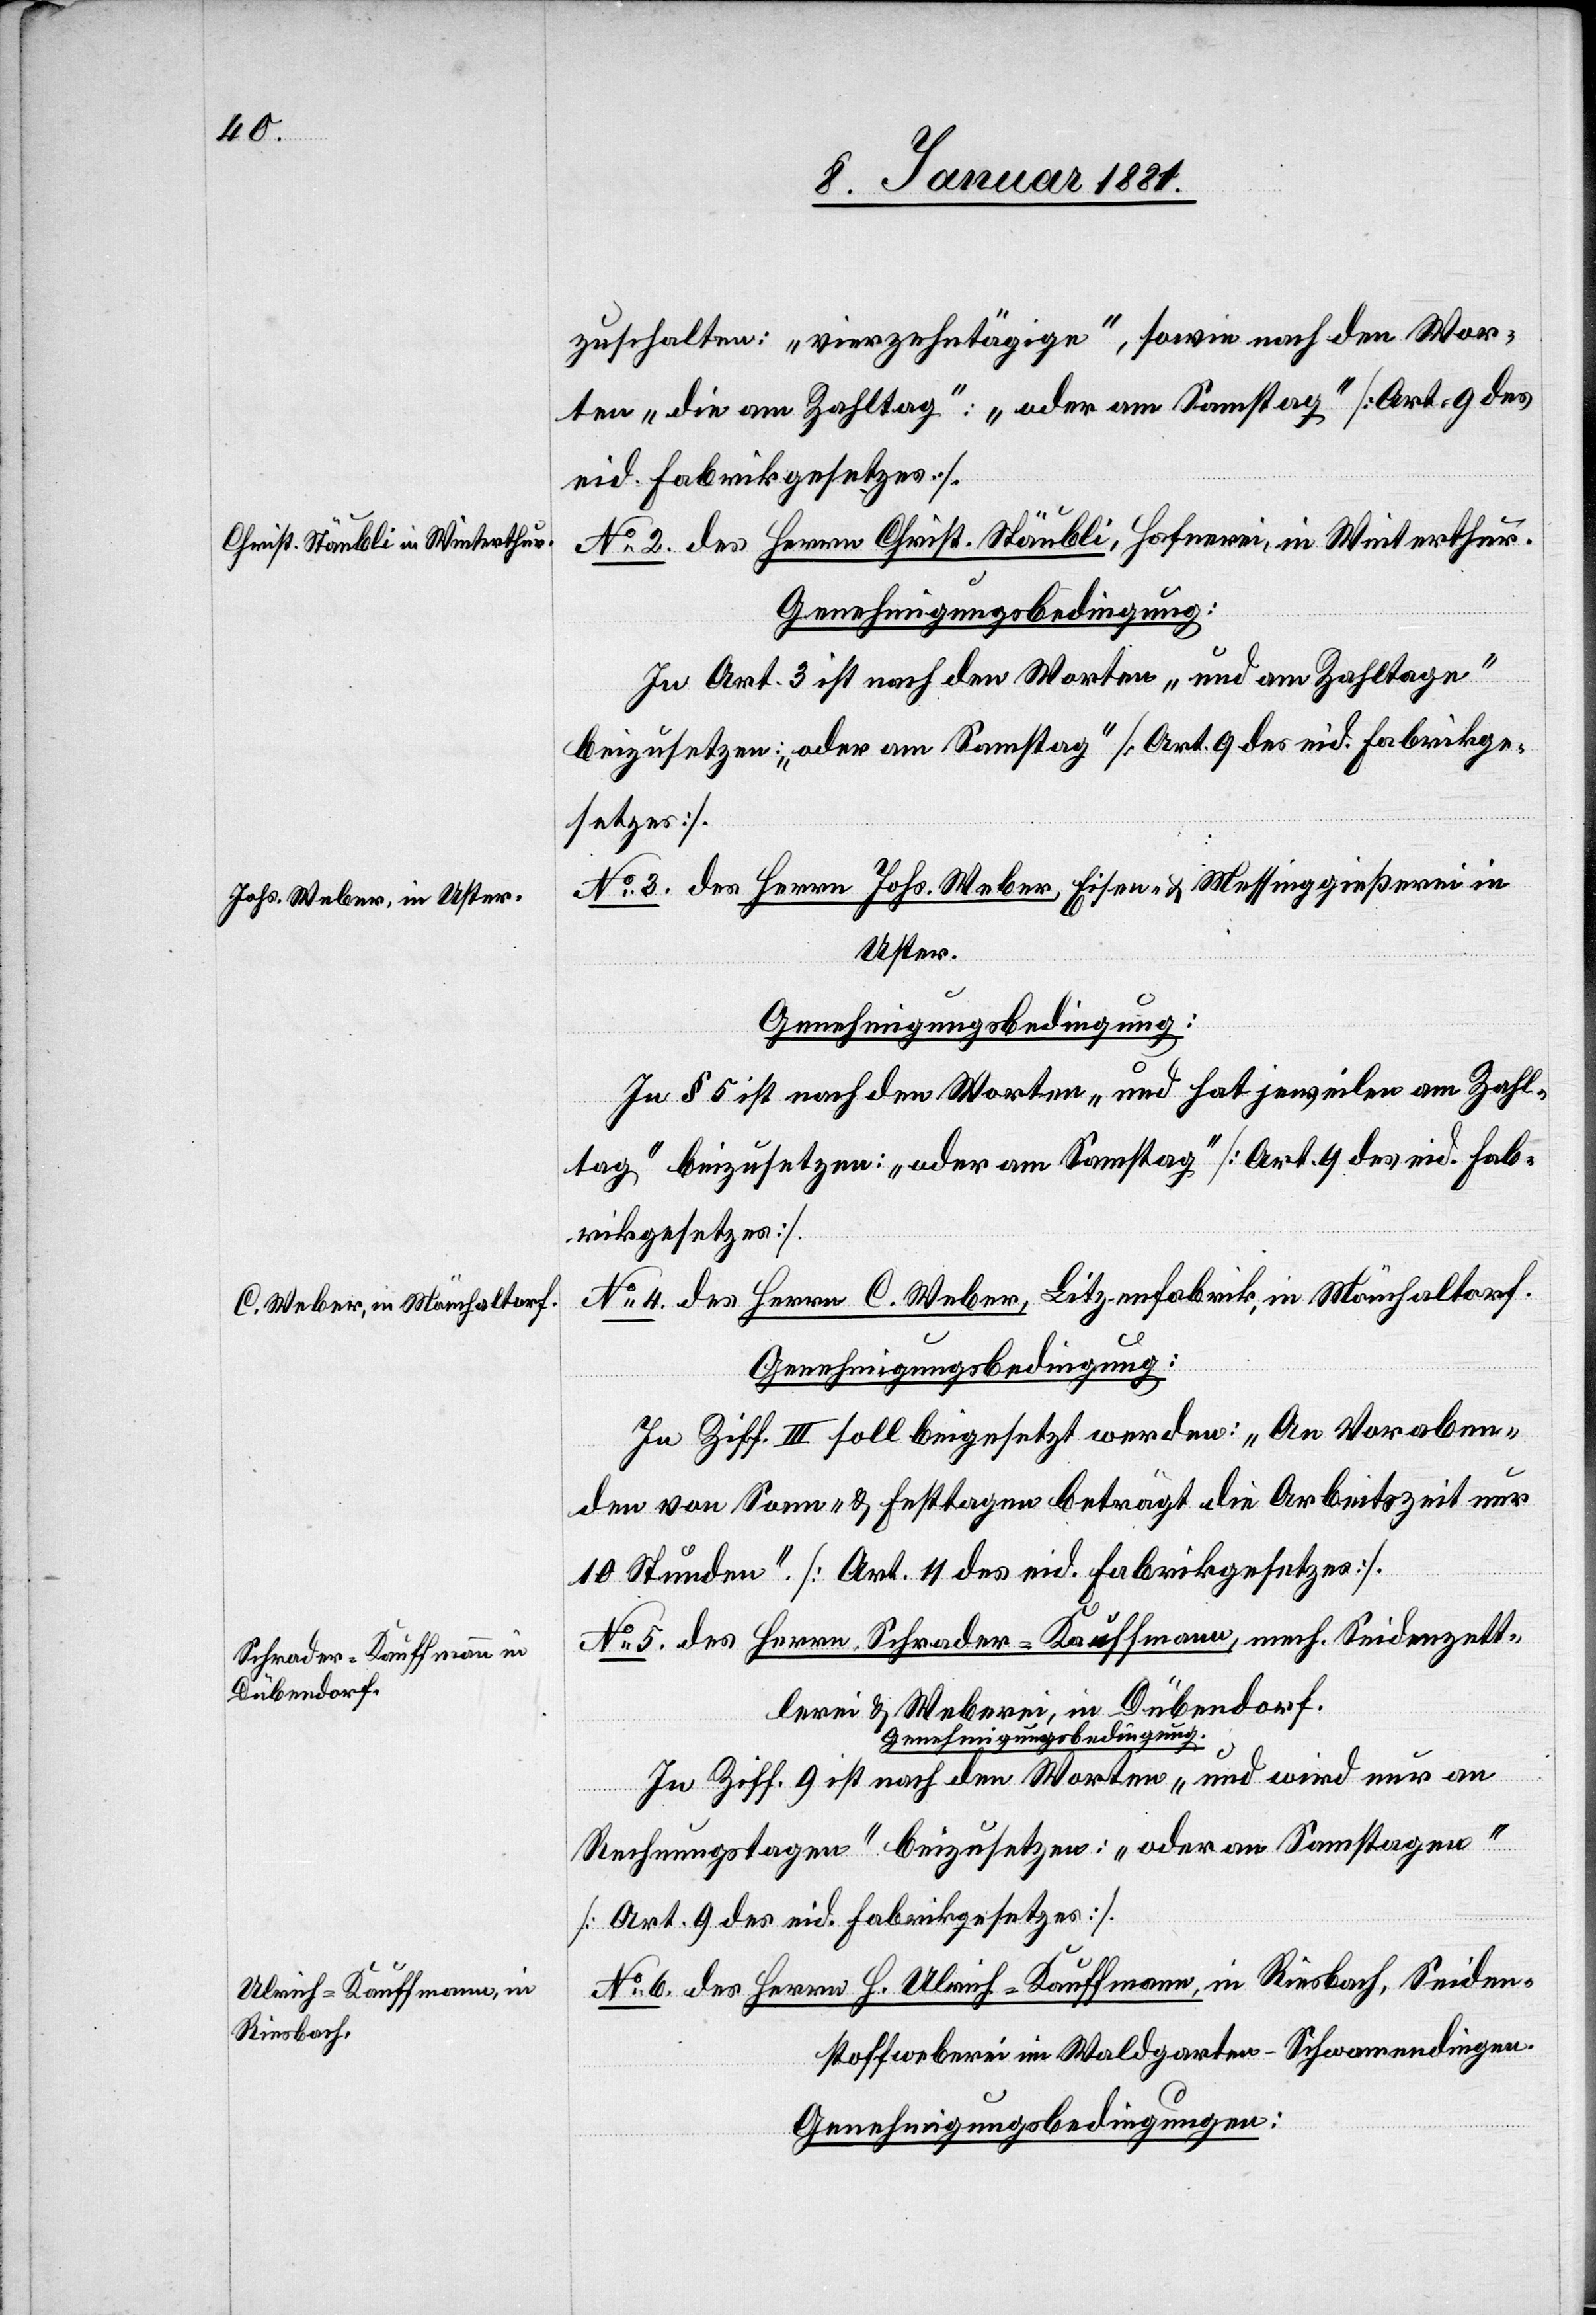
zuschalten: „vierzehntägige“, sowie nach den Wor¬
ten „die am Zahltag“: „oder am Samstag“ [Art. 9 des
eid. Fabrikgesetzes].
No 2. des Herrn Christ. Stäubli, Hafnerei, in Winterthur.
In Art. 3 ist nach den Worten „und am Zahltage“
beizusetzen: „oder am Samstag“ [Art. 9 des eid. Fabrikge¬
setzes].
No 3. des Herrn Johs. Weber, Eisen- & Messinggießerei in
Uster.
Genehmigungsbedingung:
In § 5 ist nach den Worten „und hat jeweilen am Zahl¬
tag“ beizusetzen: „oder am Samstag“ [Art. 9 des eid. Fab¬
rikgesetzes].
No 4. des Herrn C. Weber, Litzenfabrik, in Mönchaltorf.
Genehmigungsbedingung:
In Ziff. III soll beigesetzt werden: „An Voraben¬
den von Sonn- & Festtagen beträgt die Arbeitszeit nur
10 Stunden“. [Art. 11 des eid. Fabrikgesetzes].
No 5. des Herrn Schrader-Kauffmann, mech. Seidenzett¬
lerei & Weberei, in Dübendorf.
Genehmigungsbedingung:
In Ziff. 9 ist nach den Worten „und wird nur an
Rechnungstagen“ beizusetzen: „oder an Samstagen“
[Art. 9 des eid. Fabrikgesetzes].
No 6. des Herrn H. Ulrich-Kauffmann, in Riesbach, Seiden¬
stoffweberei im Waldgarten - Schwamendingen.
Genehmigungsbedingungen: